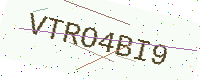
Text: VTRO4BI9